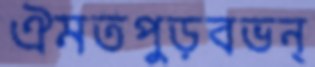
ঐমতপুড়বভন্